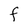
Character: F